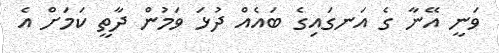
ވަނީ އޭނާ ގެ އަނގައިގެ ބައެއް ދުޅަ ވަމުން ދާތީ ކަމަށް އެ